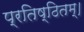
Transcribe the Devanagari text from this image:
प्रतिष्ठितम्‌।